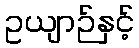
ဥယျာဉ်နှင့်